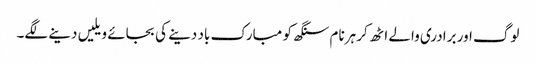
لوگ اور برادری والے اٹھ کر ہرنام سنگھ کو مبارک باد دینے کی بجائے ویلیں دینے لگے۔